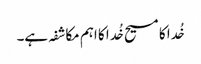
خُدا کا مسیح خُدا کا اہم مکاشفہ ہے۔